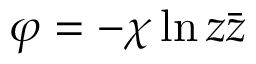
\varphi = - \chi \ln z \bar { z }